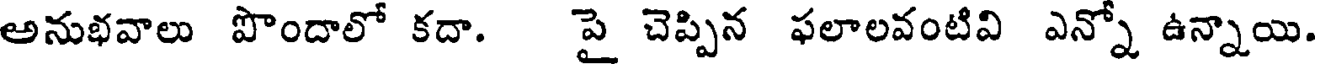
అనుభవాలు పొందాలో కదా. పై చెప్పిన ఫలాలవంటివి ఎన్నో ఉన్నాయి.